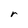
Character: r